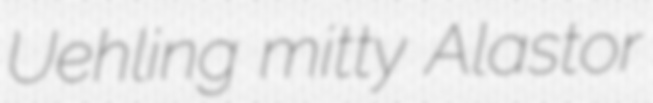
Uehling mitty Alastor